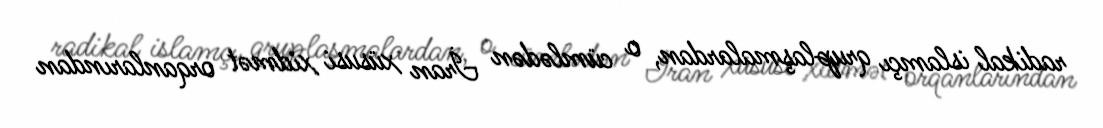
radikal islamçı qruplaşmalardan, o cümlədən İran xüsusi xidmət orqanlarından